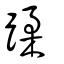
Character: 禸